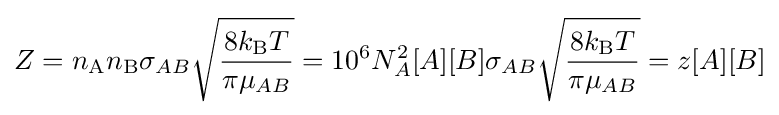
Z=n_{\text{A}}n_{\text{B}}\sigma _{AB}{\sqrt {\frac {8k_{\text{B}}T}{\pi \mu _{AB}}}}=10^{6}N_{A}^{2}[A][B]\sigma _{AB}{\sqrt {\frac {8k_{\text{B}}T}{\pi \mu _{AB}}}}=z[A][B]